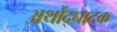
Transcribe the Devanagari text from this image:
अर्थोद्घाटक